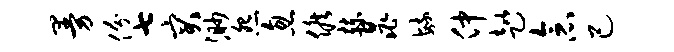
曼份七突渺怨忽候赫晁毓仲趑念己